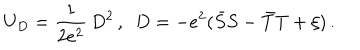
U _ { D } = \frac { 1 } { 2 e ^ { 2 } } \, D ^ { 2 } \, , \, \, \, D = - e ^ { 2 } ( \bar { S } S - \bar { T } T + \xi ) \, .